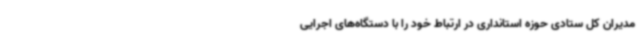
مدیران کل ستادی حوزه استانداری در ارتباط خود را با دستگاه‌های اجرایی